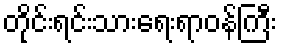
တိုင်းရင်းသားရေးရာဝန်ကြီး